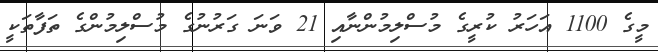
މީގެ 1100 އަހަރު ކުރީގެ މުސްލިމުންނާއި 21 ވަނަ ގަރުނުގެ މުސްލިމުންގެ ތަފާތަކީ